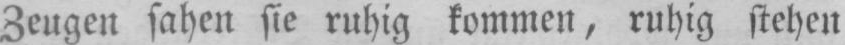
Zeugen sahen sie ruhig kommen, ruhig stehen